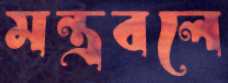
মন্ত্রবলে